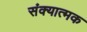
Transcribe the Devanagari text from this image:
संक्यात्मक